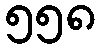
၅၅၈